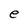
Character: e